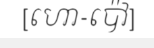
[ហោ-ប៉ៅ]